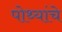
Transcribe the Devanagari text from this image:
पोथ्यांचे